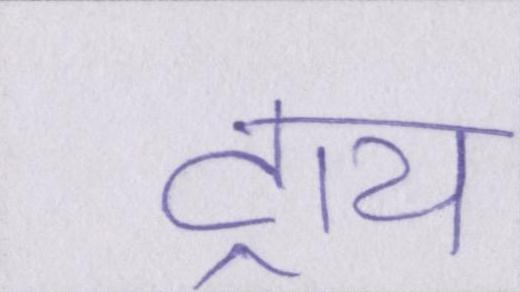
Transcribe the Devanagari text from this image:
ट्राय